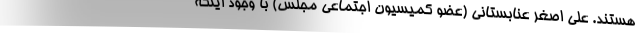
هستند. علی اصغر عنابستانی (عضو کمیسیون اجتماعی مجلس) با وجود اینکه